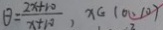
\theta = \frac { 2 x + 1 0 } { x + 1 0 } , x \in ( 0 . 1 0 )